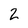
Character: 2